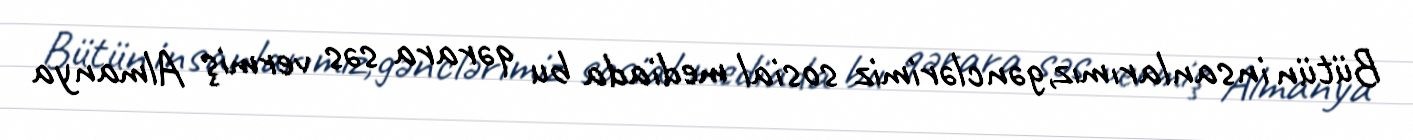
Bütün insanlarımız,gənclərimiz sosial mediada bu qərara səs vermiş Almanya